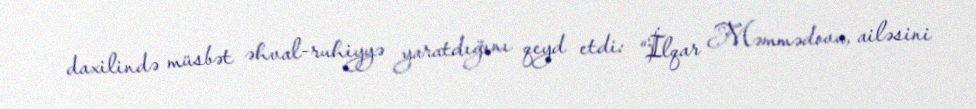
daxilində müsbət əhval-ruhiyyə yaratdığını qeyd etdi: “İlqar Məmmədovu, ailəsini